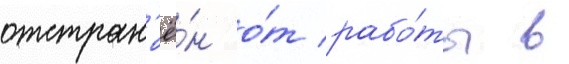
отстран'ё́н о́т рабо́ты в